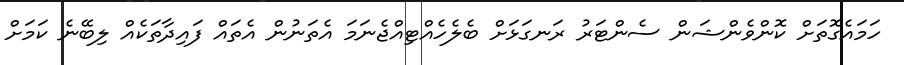
ހަމައެގޮތަށް ކޮންވެންޝަން ސެންޓަރު ރަނގަޅަށް ބެލެހެއްޓިއްޖެނަމަ އެތަނުން އެތައް ފައިދާތަކެއް ލިބޭނެ ކަމަށް